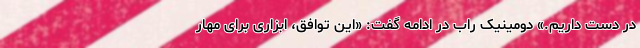
در دست داریم.» دومینیک راب در ادامه گفت: «این توافق، ابزاری برای مهار